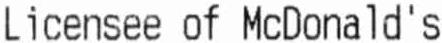
LICENSEE OF MCDONALD'S